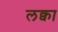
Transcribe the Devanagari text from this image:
लक्वा